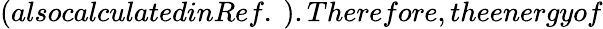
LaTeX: (alsocalculatedinRef.~).Therefore,theenergyof